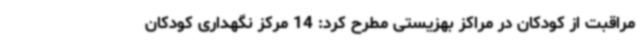
مراقبت از کودکان در مراکز بهزیستی مطرح کرد: 14 مرکز نگهداری کودکان